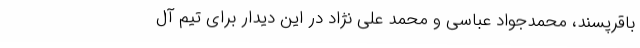
باقرپسند، محمدجواد عباسی و محمد علی نژاد در این دیدار برای تیم آل